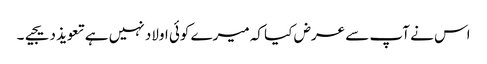
اس نے آپ سے عرض کیا کہ میرے کوئی اولاد نہیں ہے تعویذ دیجیے۔